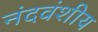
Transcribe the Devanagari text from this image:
नंदवंशीय